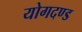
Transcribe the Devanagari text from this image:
योगदण्ड